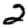
Digit: 2